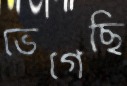
ভেগেছি